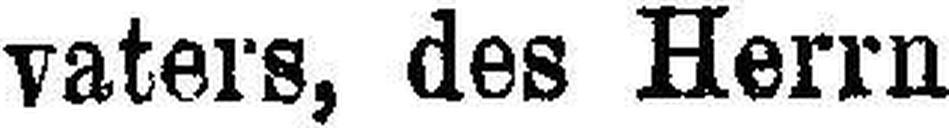
vaters, des Herrn